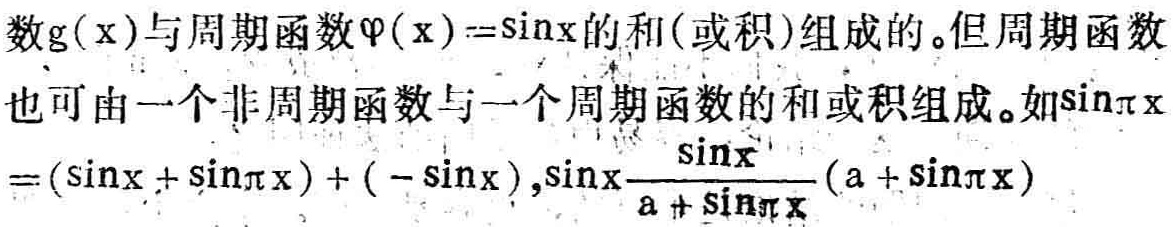
数\(g(x)\)与周期函数\(\varphi(x)=\sin x\)的和(或积)组成的。但周期函数也可由一个非周期函数与一个周期函数的和或积组成。如\(\sin\pi x = (\sin x+\sin\pi x)+(-\sin x),\sin x\frac{\sin x}{a + \sin\pi x}(a + \sin\pi x)\)